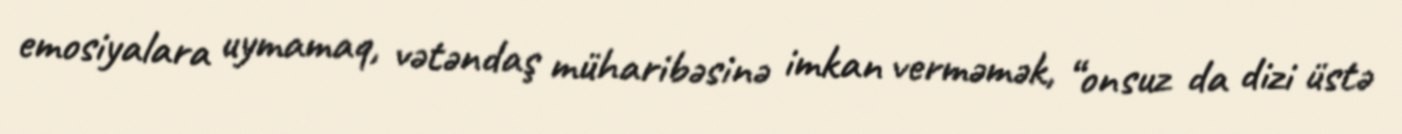
emosiyalara uymamaq, vətəndaş müharibəsinə imkan verməmək, “onsuz da dizi üstə